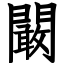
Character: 闞